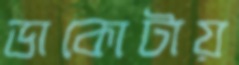
ডাকোটায়